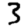
Digit: 3